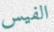
الفيس